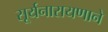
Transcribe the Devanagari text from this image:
सूर्यनारायणाने